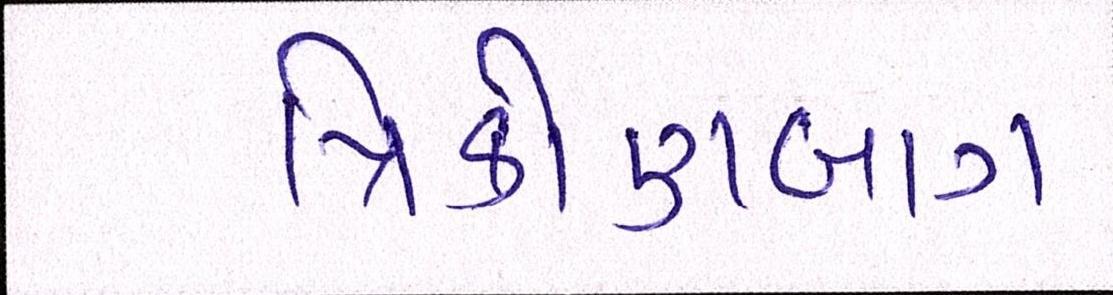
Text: ત્રિકોણબાગ